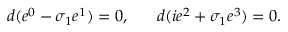
d ( e ^ { 0 } - \sigma _ { 1 } e ^ { 1 } ) = 0 , \ \ \ \ \ d ( i e ^ { 2 } + \sigma _ { 1 } e ^ { 3 } ) = 0 .